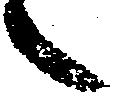
々